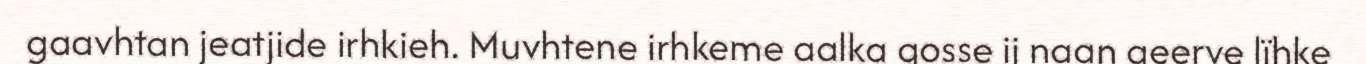
gaavhtan jeatjide irhkieh. Muvhtene irhkeme aalka gosse ij naan geerve lïhke